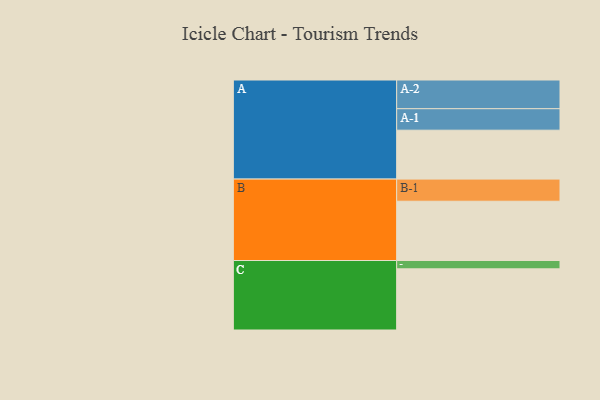
{"axis": {"x": "Segment", "y": "Value"}, "legend": ["", "A", "B", "C"], "data": [{"x": "A", "y": 446, "type": ""}, {"x": "B", "y": 541, "type": ""}, {"x": "C", "y": 558, "type": ""}, {"x": "A-1", "y": 196, "type": "A"}, {"x": "A-2", "y": 262, "type": "A"}, {"x": "B-1", "y": 202, "type": "B"}, {"x": "C-1", "y": 76, "type": "C"}]}